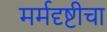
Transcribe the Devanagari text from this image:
मर्मदृष्टीचा